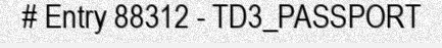
# Entry 88312 - TD3_PASSPORT